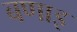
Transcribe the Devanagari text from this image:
बणाइ